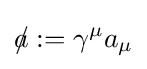
{a\!\!\!/}:=\gamma ^{\mu }a_{\mu }